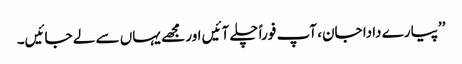
’’پیارے دادا جان، آپ فوراً چلے آئیں اور مجھے یہاں سے لے جائیں۔